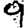
Digit: 9